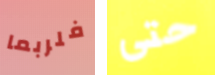
فلربما حتى